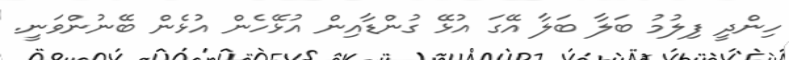
ހިންދީ ފިލުމު ބަލާ ބަލާ އޭގަ އުޅޭ ގުންޑާއިން އުޅޭހެން އުޅެން ބޭނުންވަނީ.